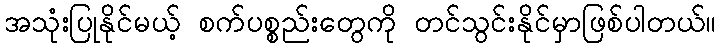
အသုံးပြုနိုင်မယ့် စက်ပစ္စည်းတွေကို တင်သွင်းနိုင်မှာဖြစ်ပါတယ်။